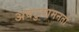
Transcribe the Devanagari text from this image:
अवटुवामनता